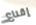
إقناع